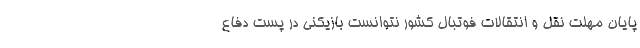
پایان مهلت نقل و انتقالات فوتبال کشور نتوانست بازیکنی در پست دفاع